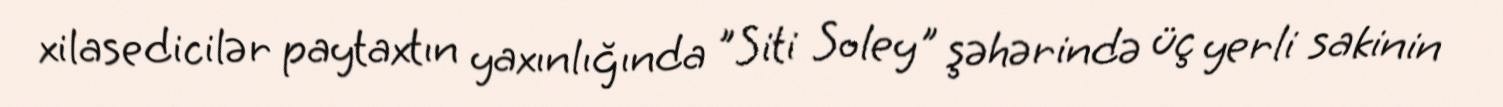
xilasedicilər paytaxtın yaxınlığında "Siti Soley" şəhərində üç yerli sakinin